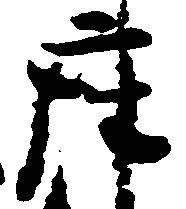
座